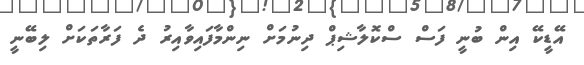
އޭޑީކޭ އިން ބުނީ ފަސް ސްކޮލާޝިޕް ދިނުމަށް ނިންމާފައިވާއިރު ދެ ފަރާތަކަށް ލިބޭނީ